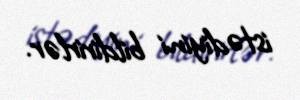
istədiyini bildirirlər.